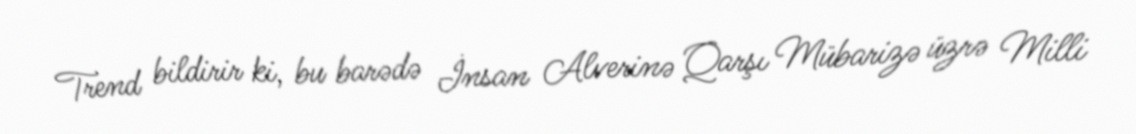
Trend bildirir ki, bu barədə İnsan Alverinə Qarşı Mübarizə üzrə Milli